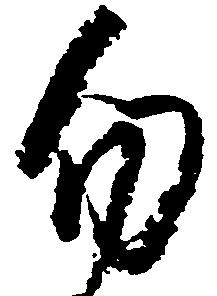
勿